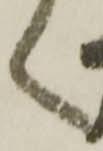
く